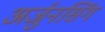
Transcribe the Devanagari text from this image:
अर्जुनसिंग